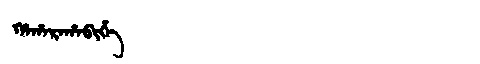
Manchu: ᡥᠠᡥᠠᡵᠠᡥᠠᠪᡳᡥᡝ
Romanization: HAHARAHABIHE